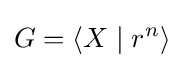
G=\langle X\mid r^{n}\rangle